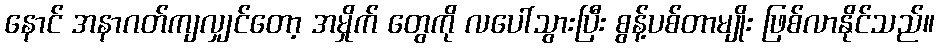
နောင် အနာဂတ်ကျလျှင်တော့ အမှိုက် တွေကို လပေါ်သွားပြီး စွန့်ပစ်တာမျိုး ဖြစ်လာနိုင်သည်။